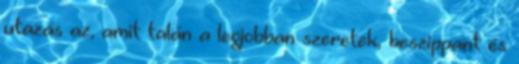
utazás az, amit talán a legjobban szeretek, beszippant és